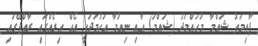
ފާތިމަތު ޝައްމާ މުހައްމަދު (ޝައްމަ) އާއި ނިއުމާ އަހުމަދަކީ އެއް އިރެއްގައި ރާއްޖޭގައި